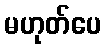
မဟုတ်ပေ